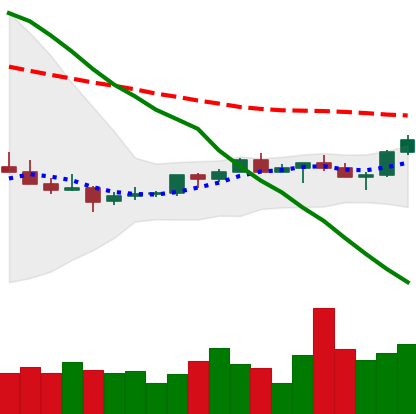
Ticker: XMR-USD
Chart end date: 2022-07-15
Forward return: 9.189%
Label: up_7plus